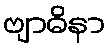
ဗျာဓိနာ